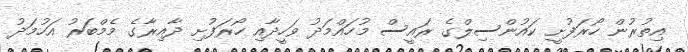
އިތުރުން ހޯރަފުށީ ކައުންސިލްގެ ރައީސް މުހައްމަދު ވަހީދާއި ހޯރަފުށި ދާއިރާގެ މެމްބަރު އަހުމަދު